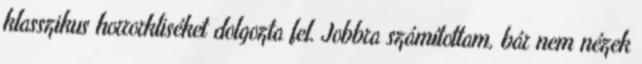
klasszikus horrorkliséket dolgozta fel. Jobbra számítottam, bár nem nézek